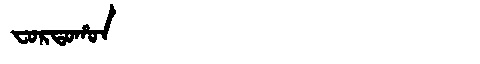
Manchu: ᠸᠣᡵᡨᠣᡥᠣᠨ
Romanization: FORTOHON